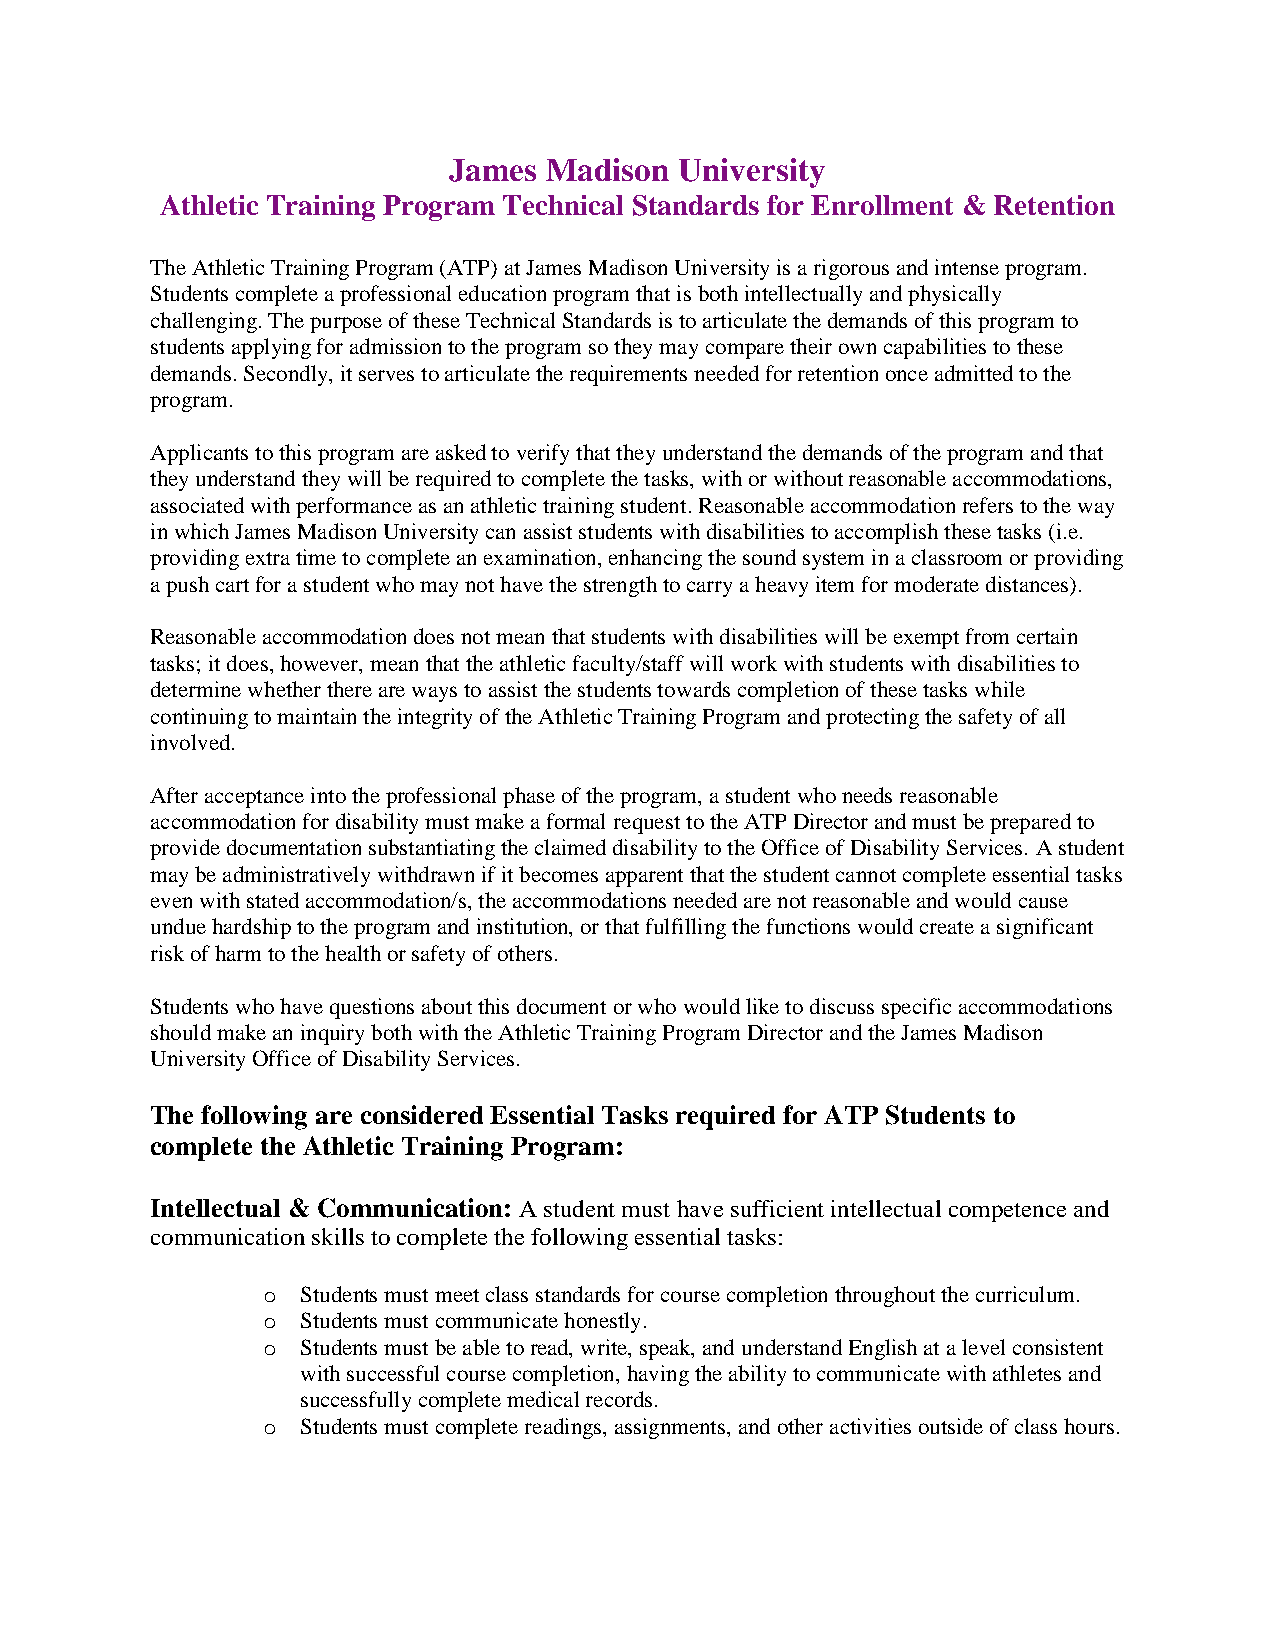
James Madison  University
 Athletic Training Program Technical Standards for Enrollment & Retention
 The Athletic Training Program (ATP) at James Madison University is a rigorous and intense program.
 Students complete a professional education program that is both intellectually and physically
 challenging. The purpose of these Technical Standards is to articulate the demands of this program to
 students applying for admission to the program so they may compare their own capabilities to these
 demands. Secondly, it serves to articulate the requirements needed for retention once admitted to the
 program.
 Applicants to this program are asked to verify that they understand the demands of the program and that
 they understand they will be required to complete the tasks, with or without reasonable accommodations,
 associated with performance as an athletic training student. Reasonable accommodation refers to the way
 in which James Madison University can assist students with disabilities to accomplish these tasks (i.e.
 providing extra time to complete an examination, enhancing the sound system in a classroom or providing
 a push cart for a student who may not have the strength to carry a heavy item for moderate distances).
 Reasonable accommodation does not mean that students with disabilities will be exempt from certain
 tasks; it does, however, mean that the athletic faculty/staff will work with students with disabilities to
 determine whether there are ways to assist the students towards completion of these tasks while
 continuing to maintain the integrity of the Athletic Training Program and protecting the safety of all
 involved.
 After acceptance into the professional phase of the program, a student who needs reasonable
 accommodation for disability must make a formal request to the ATP Director and must be prepared to
 provide documentation substantiating the claimed disability to the Office of Disability Services. A student
 may be administratively withdrawn if it becomes apparent that the student cannot complete essential tasks
 even with stated accommodation/s, the accommodations needed are not reasonable and would cause
 undue hardship to the program and institution, or that fulfilling the functions would create a significant
 risk of harm to the health or safety of others.
 Students who have questions about this document or who would like to discuss specific accommodations
 should make an inquiry both with the Athletic Training Program Director and the James Madison
 University Office of Disability Services.
 The following are considered Essential Tasks required for ATP Students to
 complete the Athletic Training Program:
 Intellectual & Communication: A student must have sufficient intellectual competence and
 communication skills to complete the following essential tasks:
 o  Students must meet class standards for course completion throughout the curriculum.
 o  Students must communicate honestly.
 o  Students must be able to read, write, speak, and understand English at a level consistent
 with successful course completion, having the ability to communicate with athletes and
 successfully complete medical records.
 o  Students must complete readings, assignments, and other activities outside of class hours.